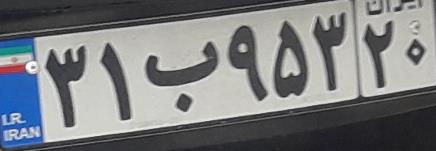
۳۱ب۹۵۳۲۰